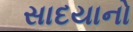
સાદયાનો